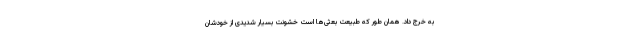
به خرج داد. همان طور که طبیعت بعثی‌ها است خشونت بسیار شدیدی از خودشان